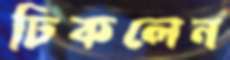
ঢিকলেন